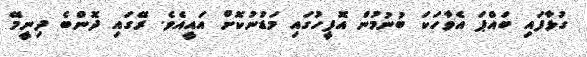
ގުޅާފައި ބައްޕަ އެވާހަކަ ބުނުމުން އޮފީހުގައި މަޑުނުކޮށް އައީއެވެ. ރޭގައި ދޮންބެ ދިނީމޭ